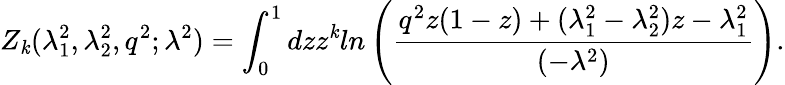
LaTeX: Z_{\mathit{k}}(\lambda_{1}^{2},\lambda_{2}^{2},q^{2};\lambda^{2})=\int_{0}^{1}dzz^{\mathit{k}}ln\left(\frac{{q^{2}z(1-z)+(\lambda_{1}^{2}-\lambda_{2}^{2})z-\lambda_{1}^{2}}}{{(-\lambda^{2})}}\right).